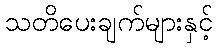
သတိပေးချက်များနှင့်